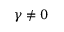
\gamma \neq 0